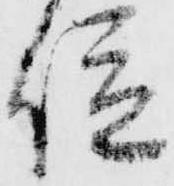
位